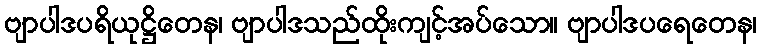
ဗျာပါဒပရိယုဋ္ဌိတေန၊ ဗျာပါဒသည်ထိုးကျင့်အပ်သော။ ဗျာပါဒပရေတေန၊